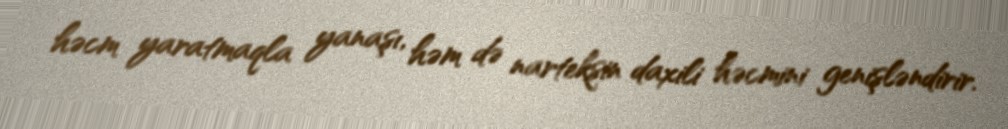
həcm yaratmaqla yanaşı, həm də narteksin daxili həcmini genişləndirir.